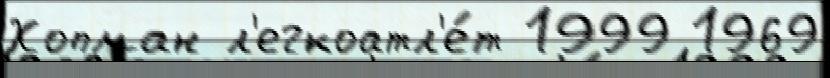
Хопман л'егкоатл'е́т 1999 1969